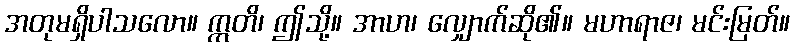
အတုမရှိပါသလော။ ဣတိ၊ ဤသို့။ အာဟ၊ လျှောက်ဆို၏။ မဟာရာဇ၊ မင်းမြတ်။